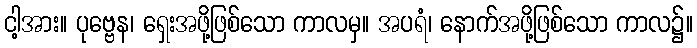
ငါ့အား။ ပုဗ္ဗေန၊ ရှေးအဖို့ဖြစ်သော ကာလမှ။ အပရံ၊ နောက်အဖို့ဖြစ်သော ကာလ၌။